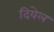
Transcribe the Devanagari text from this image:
दियेल